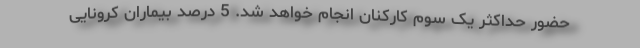
حضور حداکثر یک سوم کارکنان انجام خواهد شد. 5 درصد بیماران کرونایی